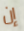
إن